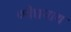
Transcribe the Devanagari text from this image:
७वैद्यनाथ